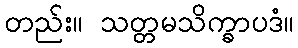
တည်း။ သတ္တမသိက္ခာပဒံ။